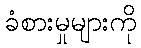
ခံစားမှုများကို